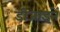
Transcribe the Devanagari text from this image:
डीजाइनें